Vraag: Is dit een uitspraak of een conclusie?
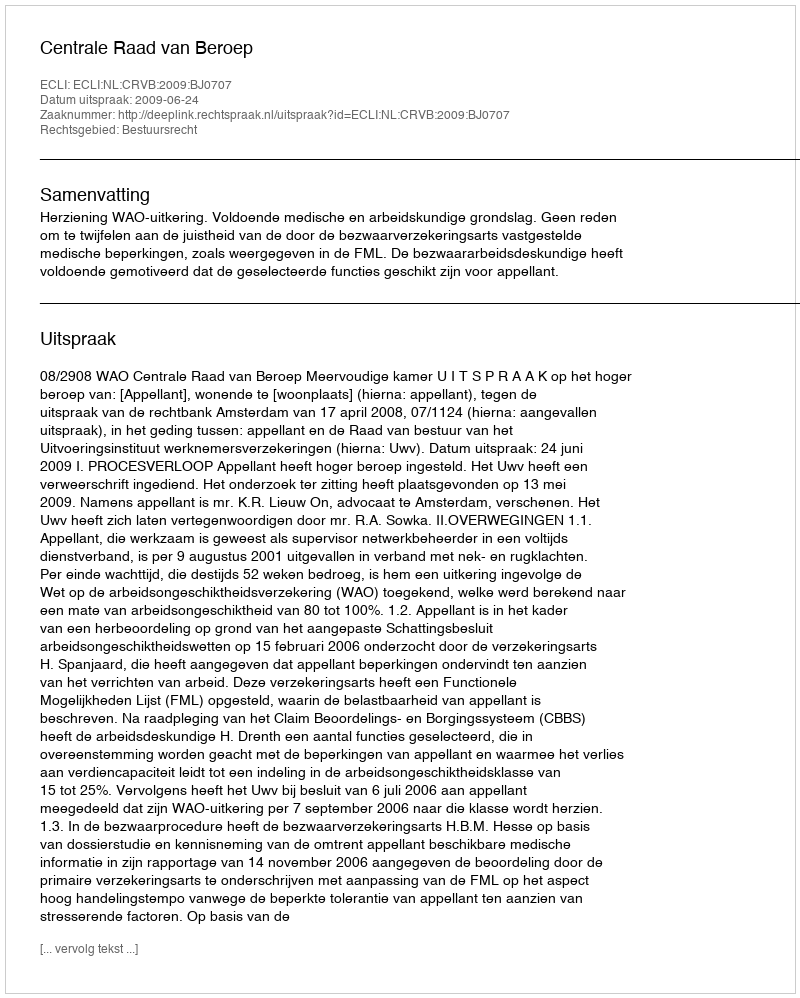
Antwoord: Uitspraak